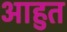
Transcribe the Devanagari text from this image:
आहुत